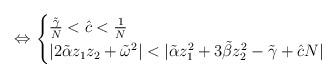
LaTeX: \begin{align*}\Leftrightarrow\begin{cases}\frac{\tilde{\gamma}}{N}<\hat{c}<\frac{1}{N}\\| 2\tilde{\alpha}z_1z_2+\tilde{\omega}^2 | < | \tilde{\alpha}z_1^2+3\tilde{\beta}z_2^2-\tilde{\gamma}+\hat{c}N |\end{cases}\end{align*}